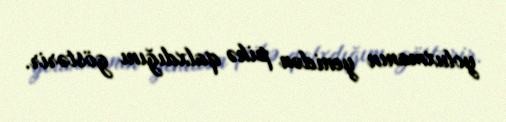
yoluxmanın yenidən pikə qalxdığını göstərir.